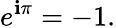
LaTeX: e^{\mathbf{i}\pi}=-1.